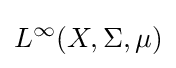
L^{\infty }(X,\Sigma ,\mu )